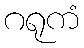
ဂရုကံ